Report of the Municipal Commissioner on the plague in Bombay for the year ending 31st May... - Volume 2
Disease focus: Plague
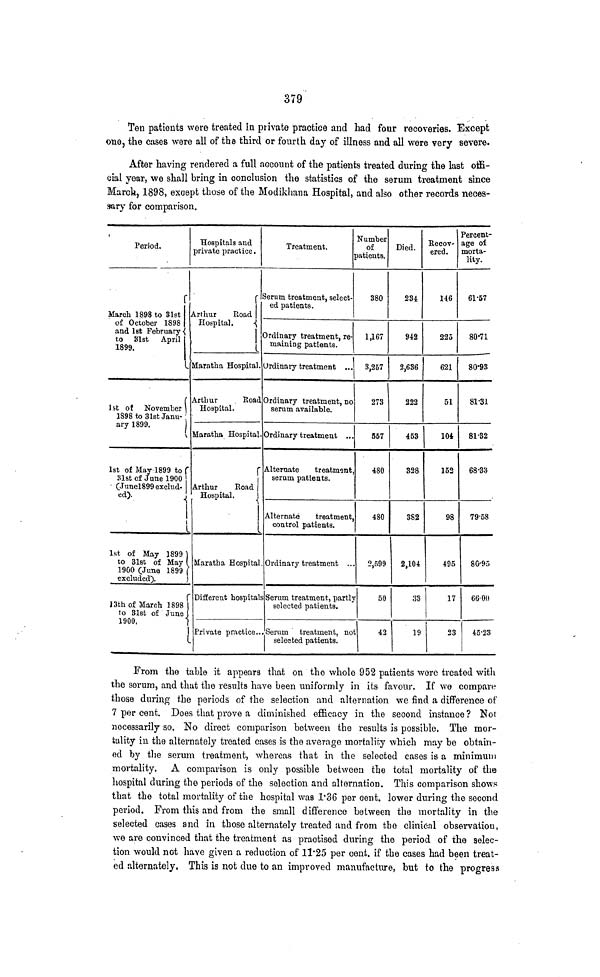
379
Ten patients were treated in private practice and had four recoveries. Except
one, the cases were all of the third or fourth day of illness and all were very severe.
After having rendered a full account of the patients treated during the last offi-
cial year, we shall bring in conclusion the statistics of the serum treatment since
March, 1898, except those of the Modikhana Hospital, and also other records neces-
sary for comparison.
Period.
March 1898 to 31st
of October 1898
and 1st February
to 81st April
1899.
1st of November
1898 to 31st Janu-
ary 1899,
1st of May 1899 to
31st of June 1900
(Junel899 exclud-
ed).
1st of May 1899 )
to 31st of May
1900 (June 1899
excluded).
13th of March 1898
to 31st of June
1900,
Hospitals and
private practice.
Arthur
Road
Hospital.
Maratha Hospital.
Arthur
Road
Hospital.
Maratha Hospital
Arthur
Road
Hospital.
Maratha Hospital
Different hospital
Private practice.
Treatment.
Serum treatment, select-
ed patients.
Ordinary treatment, re-
maining patients.
Ordinary treatment ...
Ordinary treatment, no
serum available.
Ordinary treatment ...
Alternate
treatment,
serum patients.
Alternate
treatment,
control patients.
Ordinary treatment ..
s Serum treatment, partly
selected patients.
Serum treatment, no
selected patients.
Number
of
patients.
380
1,167
3,257
273
557
480
480
2,599
50
42
Died.
234
942
2,636
222
453
328
382
2,104
33
19
Recov-
ered,
146
225
621
51
104
152
98
495
17
23
Percent-
age of
morta-
lity.
61.57
80.71
80.93
81.31
81.32
68.33
79.58
80.95
66.00
45.23
From the table it appears that on the whole 952 patients were treated with
the serum, and that the results have been uniformly in its favour. If we compare
those during the periods of the selection and alternation we find a difference of
7 per cent. Does that prove a diminished efficacy in the second instance ? Not
necessarily so. No direct comparison between the results is possible. The mor-
tality in the alternately treated cases is the average mortality which may be obtain-
ed by the serum treatment, whereas that in the selected cases is a minimum
mortality. A comparison is only possible between the total mortality of the
hospital during the periods of the selection and alternation. This comparison shows
that the total mortality of the hospital was 1.36 per cent. lower during the second
period. From this and from the small difference between the mortality in the
selected cases and in those alternately treated and from the clinical observation,
we are convinced that the treatment as practised during the period of the selec-
tion would not have given a reduction of 11.25 per cent. if the cases had been treat-
ed alternately. This is not due to an improved manufacture, but to the progress